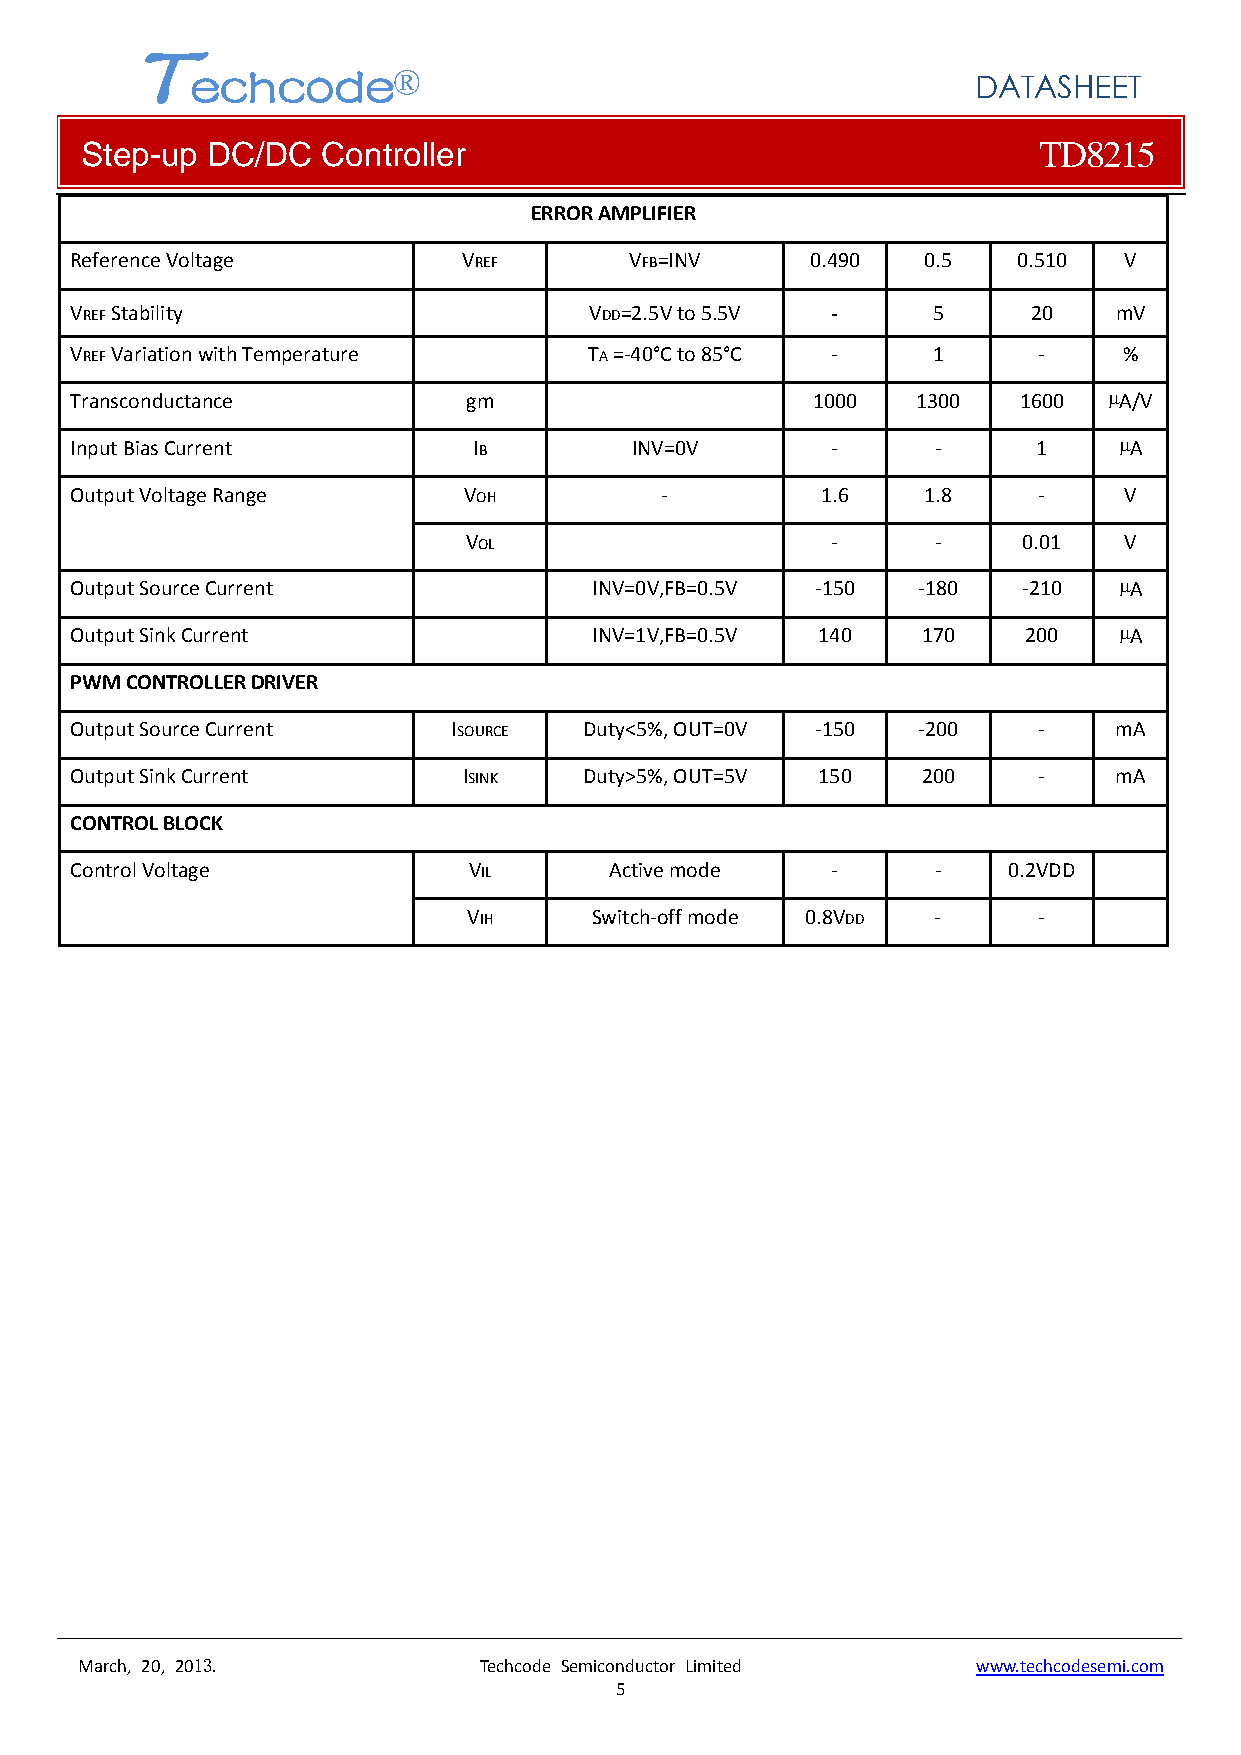
T
 echcode®
 DATASHEET
 Step-up  DC/DC  Controller                                      TD8215
 ERROR AMPLIFIER
 Reference Voltage         VREF       VFB=INV     0.490  0.5   0.510  V
 VREF Stability                    VDD=2.5V to 5.5V ‐     5     20    mV
 VREF Variation with Temperature   TA =‐40°C to 85°C ‐    1      ‐    %
 Transconductance          gm                     1000   1300  1600  µA/V
 Input Bias Current        IB         INV=0V       ‐      ‐      1    µA
 Output Voltage Range      VOH          ‐         1.6    1.8     ‐    V
 VOL                     ‐      ‐     0.01  V
 Output Source Current             INV=0V,FB=0.5V ‐150   ‐180   ‐210  µA
 Output Sink Current               INV=1V,FB=0.5V 140    170    200   µA
 PWM CONTROLLER DRIVER
 Output Source Current    ISOURCE  Duty<5%, OUT=0V ‐150  ‐200    ‐    mA
 Output Sink Current       ISINK   Duty>5%, OUT=5V 150   200     ‐    mA
 CONTROL BLOCK
 Control Voltage           VIL      Active mode    ‐      ‐    0.2VDD
 VIH     Switch‐off mode 0.8VDD ‐      ‐
 March, 20, 2013.           Techcode Semiconductor Limited   www.techcodesemi.com
 5